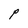
Character: P